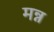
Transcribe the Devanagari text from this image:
मन्न